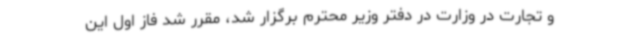
و تجارت در وزارت در دفتر وزیر محترم برگزار شد، مقرر شد فاز اول این